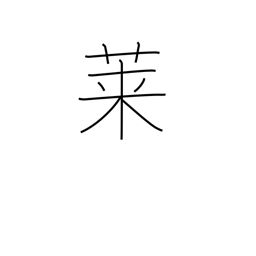
Meaning: goosefoot